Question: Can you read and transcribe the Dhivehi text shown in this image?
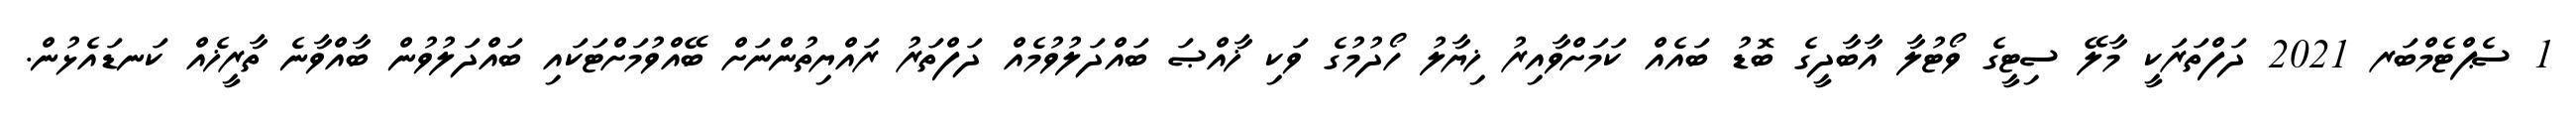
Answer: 1 ސެޕްޓެމްބަރ 2021 ދަފްތަރަކީ މާލޭ ސިޓީގެ ވޯޓުލާ އާބާދީގެ ބޮޑު ބައެއް ކަމަށްވާއިރު ޚިޔާލު ހޯދުމުގެ ވަކި ޚާއްޞަ ބައްދަލުވުމެއް ދަފްތަރު ރައްޔިތުންނަށް ބޭއްވުމަށްޓަކައި ބައްދަލުވުން ބާއްވާނެ ތާރީޚެއް ކަނޑައެޅުން.